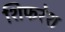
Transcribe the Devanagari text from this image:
शिफरेश